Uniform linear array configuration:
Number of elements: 32
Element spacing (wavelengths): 0.75
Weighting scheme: cosine
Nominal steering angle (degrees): -15
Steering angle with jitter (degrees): -13.842
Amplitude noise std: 0.05
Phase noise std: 0.05

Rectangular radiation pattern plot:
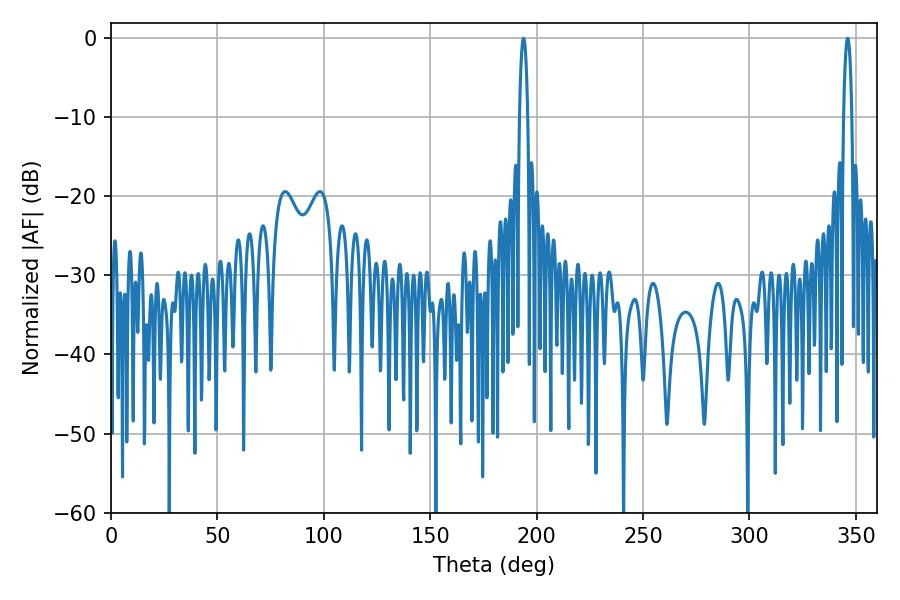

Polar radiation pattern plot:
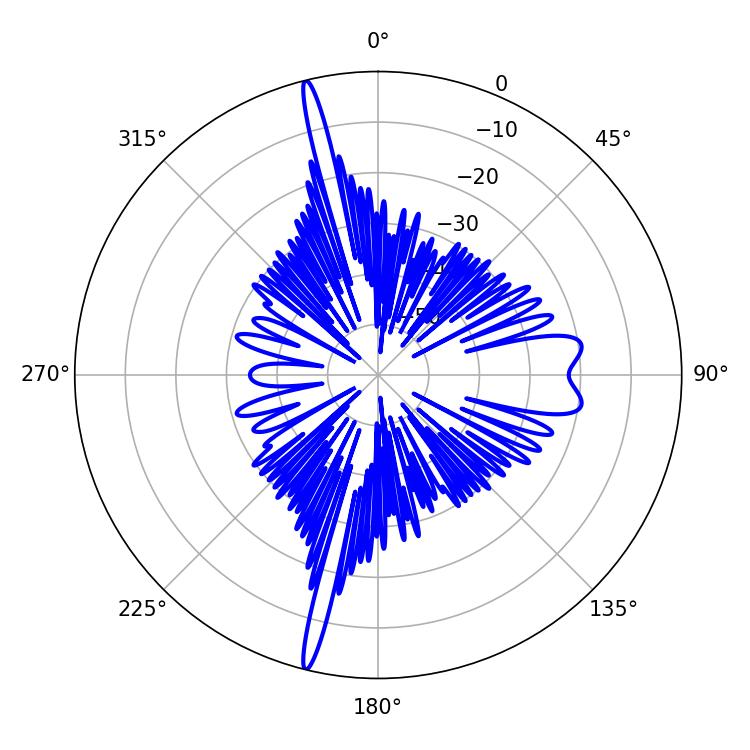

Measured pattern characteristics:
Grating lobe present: TRUE
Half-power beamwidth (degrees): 2.16
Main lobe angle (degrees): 193.86